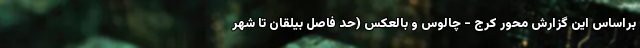
براساس این گزارش محور کرج - چالوس و بالعکس (حد فاصل بیلقان تا شهر